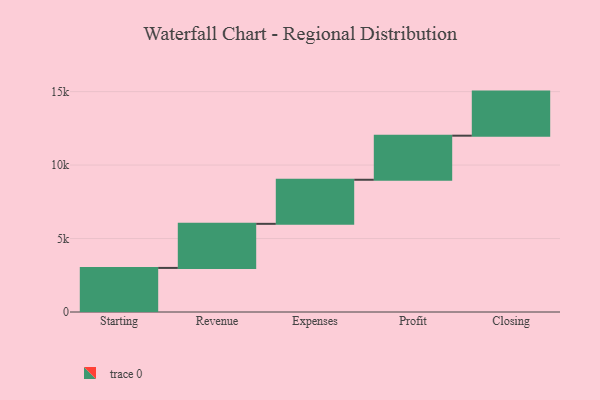
{"axis": {"x": "Step", "y": "Value"}, "legend": [""], "data": [{"x": "Starting", "y": 3000, "type": ""}, {"x": "Revenue", "y": 3000, "type": ""}, {"x": "Expenses", "y": 3000, "type": ""}, {"x": "Profit", "y": 3000, "type": ""}, {"x": "Closing", "y": 3000, "type": ""}]}